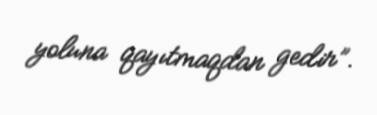
yoluna qayıtmaqdan gedir”.